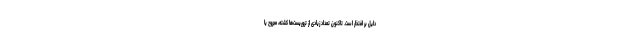
دلیل بر افتخار است. تاکنون تعداد زیادی از تروریست‌ها کشته، مجروح یا